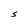
Character: S